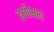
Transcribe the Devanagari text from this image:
द्वधीभाव